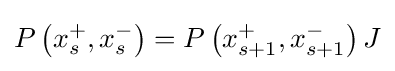
P\left(x_{s}^{+},x_{s}^{-}\right)=P\left(x_{s+1}^{+},x_{s+1}^{-}\right)J